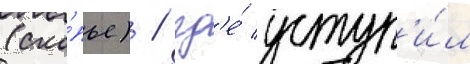
(ско́пье) / гд'е́ уступ'и́л